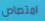
امتصاص